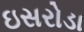
ઇસરોડા